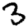
Digit: 3